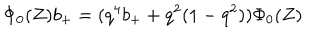
\Phi _ { 0 } ( Z ) b _ { + } = ( q ^ { 4 } b _ { + } + q ^ { 2 } ( 1 - q ^ { 2 } ) ) \Phi _ { 0 } ( Z )